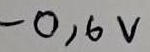
Text: -0,6V